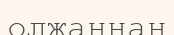
олжаңнан